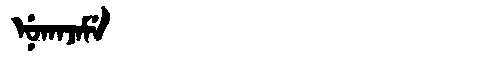
Manchu: ᠨᡠᡴᠠᠵᠠᠮᡝ
Romanization: NUKAJAME